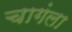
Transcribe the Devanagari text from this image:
चागंला